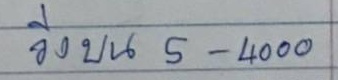
วิ่งบน  5 - 4000